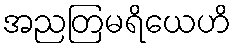
အညတြမရိယေဟိ